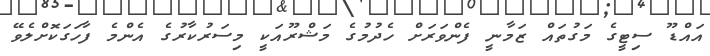
އައްޑޫ ސިޓީގެ މަގުތައް ޒަމާނީ ފެންވަރަށް ހެދުމުގެ މަޝްރޫއަކީ މިސަރުކާރުގެ އެންމެ ފާހަގަކޮށްލެވޭ